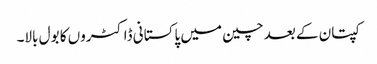
کپتان کے بعد چین میں پاکستانی ڈاکٹروں کا بول بالا۔